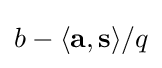
b-\langle \mathbf {a} ,\mathbf {s} \rangle /q